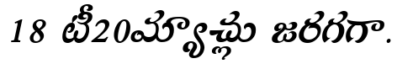
18 టీ20మ్యాచ్లు జరగగా.